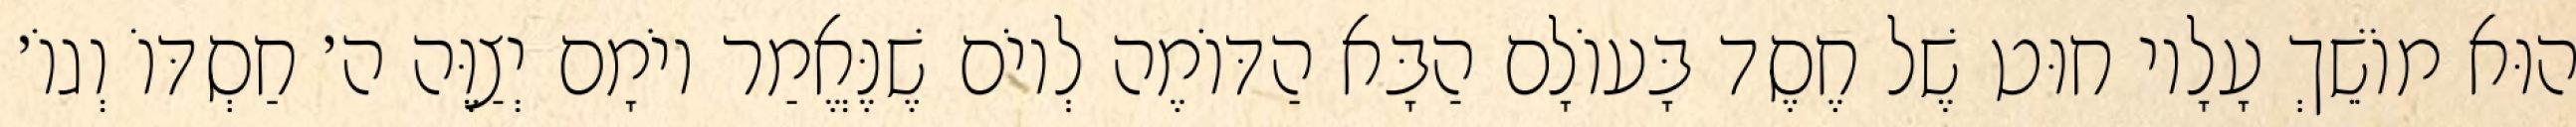
הוּא מוֹשֵׁךְ עָלָיו חוּט שֶׁל חֶסֶד בָּעוֹלָם הַבָּא הַדּוֹמֶה לְיוֹם שֶׁנֶּאֱמַר יוֹמָם יְצַוֶּה ה׳ חַסְדּוֹ וְגוֹ׳